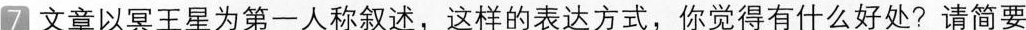
7 文章以冥王星为第一人称叙述，这样的表达方式，你觉得有什么好处? 请简要